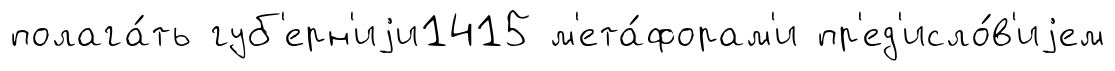
полага́ть губ'ерн'иjи1415 м'ета́форам'и пр'ед'исло́в'иjем